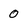
Character: 0